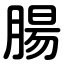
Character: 腸